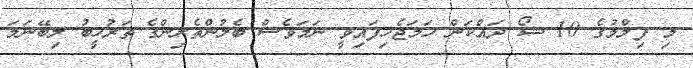
މި ފިލްމުގެ 10 ޝޯ ދައްކަން ހަމަޖެހިފައިވީ ނަމަވެސް ބެލުންތެރިންގެ ތަރުހީބު ލިބޭނަމަ